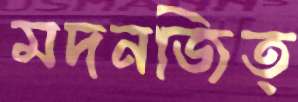
মদনজিত্